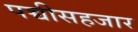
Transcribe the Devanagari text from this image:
पच्चीसहजार